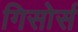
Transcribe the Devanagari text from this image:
गिसोर्स